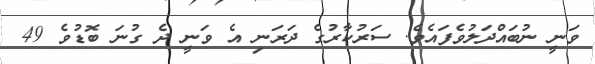
ވަނީ ނުބައްދަލުވެފައެވެ. ސަރުކާރުގެ ދަރަނި އެ ވަނީ ދެ ގުނަ ބޮޑުވެ 49